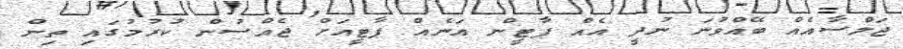
ޖަލްސާއެއް ބޭއްވުނަ ނުދީ އެއް ޕާޓީން އަނެއް ޕާޓީއަށް ޖެއްސުން ކުރުމުގައި ތިން